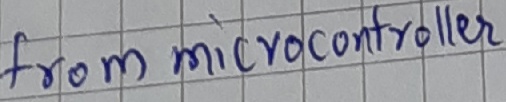
Text: from microcontroller